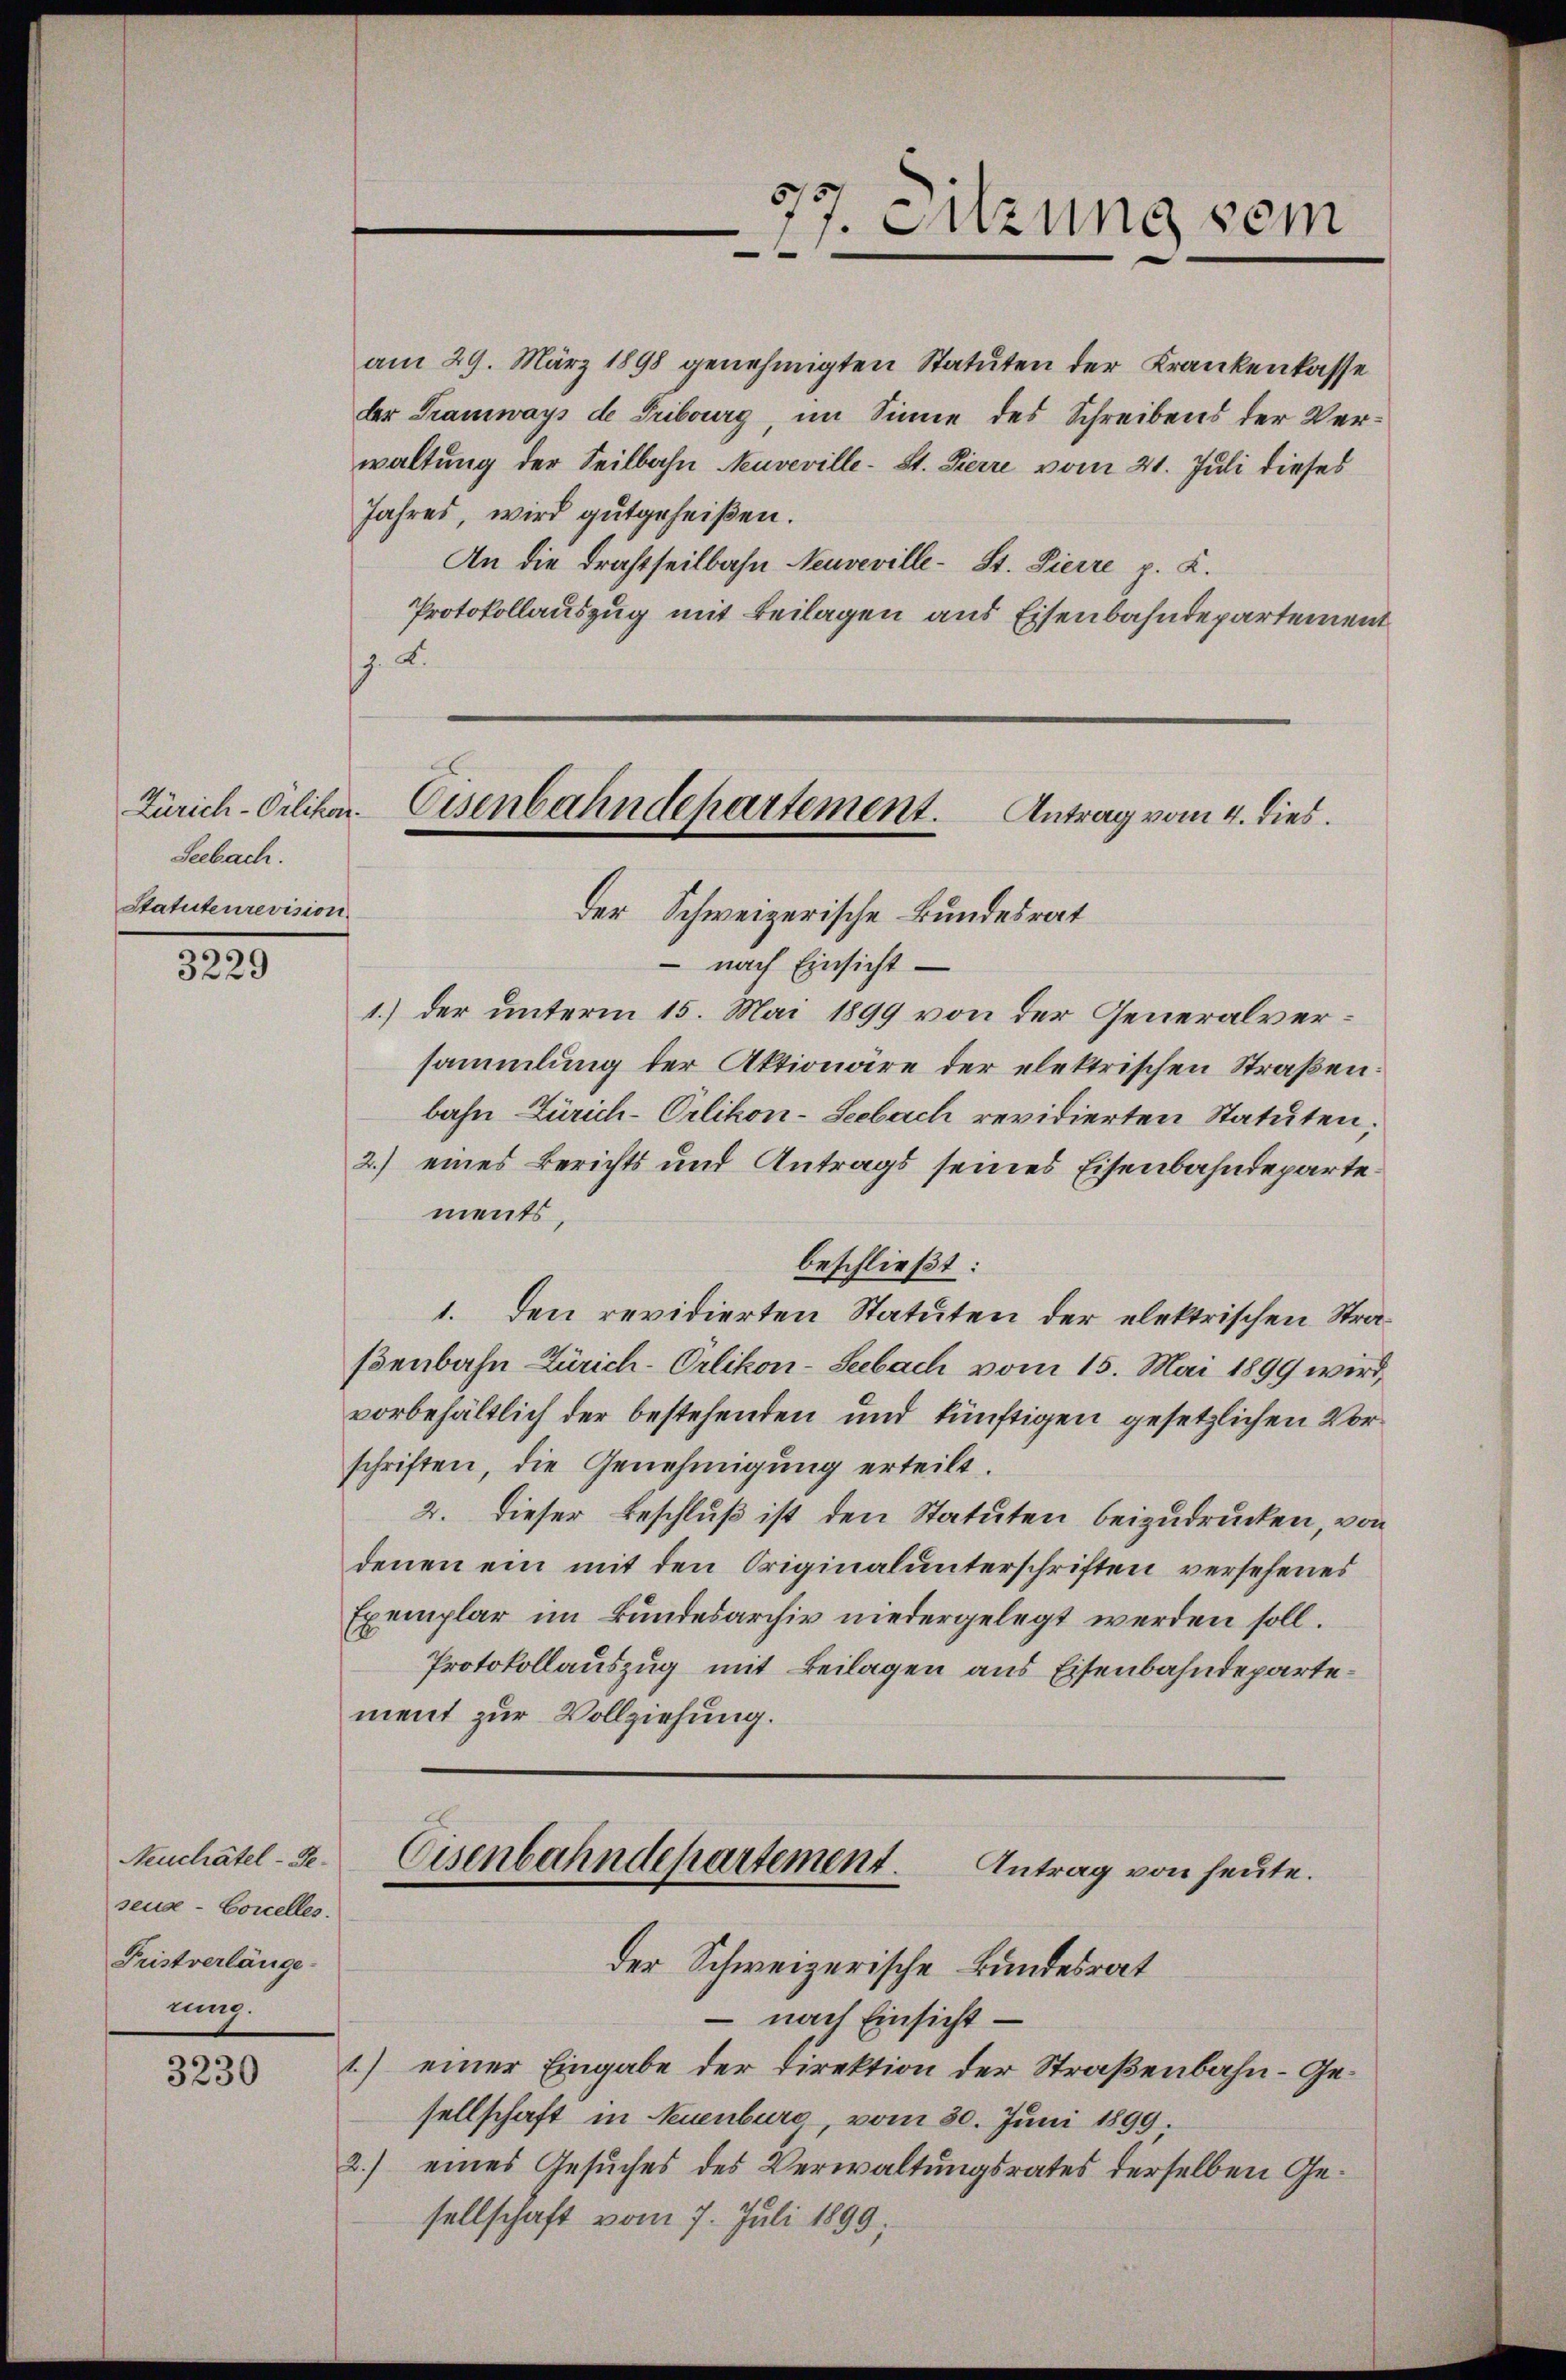
Zürich-Orlikon.
Seebach.
Statutenrevision

3
3229

Neuchâtel - Geseuse- Concelles.
Fristverlänge
nung.

3230

am 29. März 1898 genehmigten Statuten der Krankenkasse
der Tramways de Tribourg, im Sinne des Schreibens der Verwaltung der Seilbahn Neuveville- St. Pierre vom 21. Juli dieses
Jahres, wird gutgeheißen.
An die Drahtseitbahn Neuveville - St. Pierre p. K.
Protokollauszug mit Beilagen aus Eisenbahndepartement

7. Sitzung sein

Eisenbahndepartement. Antrag vom 4. dies
der Schweizerische Bundesrat

nach Einsicht¬
1.) der unterm 15. Mai 1899 von der Generalversammlung der Aktionare der elektrischen Straßen:
bahn Zürich-Orlikon-Seebach revidierten Statuten,
2.) eines Berichts und Antrags seines Eisenbahndepartements,
beschließt:
1. Den revidierten Statuten der elektrischen Straßenbahn Zürich-Orlikon-Seebach vom 15. Mai 1899 wird,
vorbehältlich der bestehenden und künftigen gesetzlichen Vorschriften, die Genehmigung erteilt.
2. Dieser Beschluß ist den Statuten beizudrucken, von
denen ein mit den Originalunterschriften versehenes
Exemplar im Bundesarchiv niedergelegt werden soll.
Protokollauszug mit Beilagen aus Eisenbahndepartement zur Vollziehung.

Eisenbahndepartement.
Antrag von heute.
der Schweizerische Bundesrat

nach Einsicht¬
1.) einer Eingabe der Direktion der Straßenbahn- Gesellschaft in Neuenburg, vom 30. Juni 1899.
2.) eines Gesuches des Verwaltungsrates derselben Gesellschaft vom 7. Juli 1890,